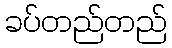
ခပ်တည်တည်